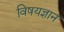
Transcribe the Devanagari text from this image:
विषयज्ञान